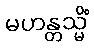
မဟန္တသ္မိံ